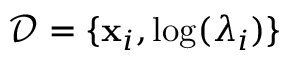
\mathcal { D } = \{ \mathbf { x } _ { i } , \mathrm { l o g } ( \lambda _ { i } ) \}